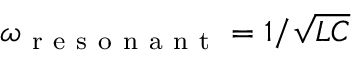
\omega _ { \mathrm { ~ r ~ e ~ s ~ o ~ n ~ a ~ n ~ t ~ } } = 1 / \sqrt { L C }